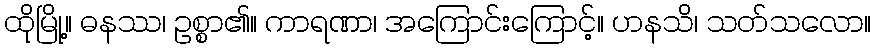
ထိုမြို့။ ဓနဿ၊ ဥစ္စာ၏။ ကာရဏာ၊ အကြောင်းကြောင့်။ ဟနသိ၊ သတ်သလော။